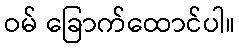
ဝမ် ခြောက်ထောင်ပါ။